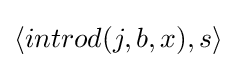
\langle introd(j,b,x),s\rangle